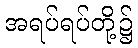
အရပ်ရပ်တို့၌